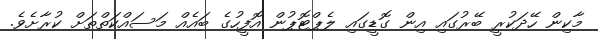
މާކިން ހޭދަކުރީ ބޭރުގައި އިން ގޮޑީގައި ލެޕްޓޮޕުން އޮފީހުގެ ބައެއް މަސައްކަތްތަށް ކުރާށެވެ.